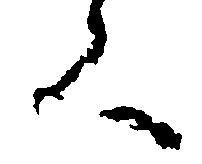
く